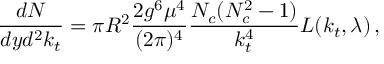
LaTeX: { \frac { d N } { d y d ^ { 2 } k _ { t } } } = \pi R ^ { 2 } { \frac { 2 g ^ { 6 } \mu ^ { 4 } } { ( 2 \pi ) ^ { 4 } } } { \frac { N _ { c } ( N _ { c } ^ { 2 } - 1 ) } { k _ { t } ^ { 4 } } } L ( k _ { t } , \lambda ) \, ,